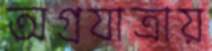
অগ্রযাত্রায়